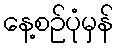
နေ့စဉ်ပုံမှန်